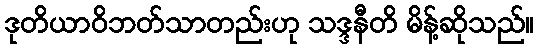
ဒုတိယာဝိဘတ်သာတည်းဟု သဒ္ဒနီတိ မိန့်ဆိုသည်။